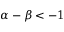
\alpha - \beta < - 1